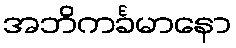
အဘိကင်္ခမာနော